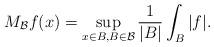
LaTeX: \begin{align*}M_{\mathcal B}f(x)=\sup_{x\in B, B\in \mathcal B}\frac 1{|B|}\int_{B}|f|.\end{align*}